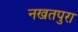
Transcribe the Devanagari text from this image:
नखतपुरा